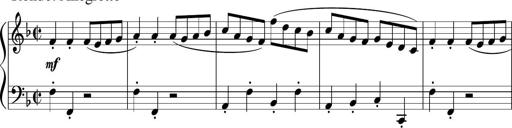
Title: 12 Keyboard Sonatinas
Composer: James Hook